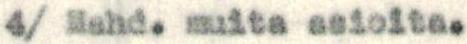
4/ Mahd. muita asioita.